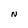
Character: N